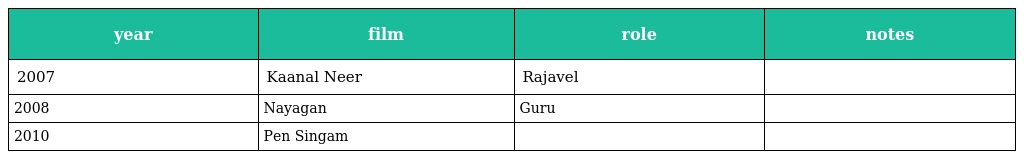
| year | film | role | notes |
 | --- | --- | --- | --- |
 | 2007 | Kaanal Neer | Rajavel |  |
 | 2008 | Nayagan | Guru |  |
 | 2010 | Pen Singam |  |  |